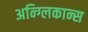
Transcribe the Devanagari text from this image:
अन्ग्लिकान्स